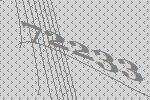
72233